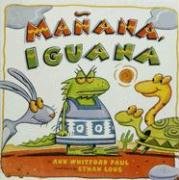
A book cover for Manana, Iguana; Ann Whitford Paul; Children's Books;